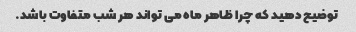
توضیح دهید که چرا ظاهر ماه می تواند هر شب متفاوت باشد.